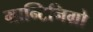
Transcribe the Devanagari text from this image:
मान्टिनिग्रो